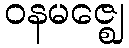
ဝနမဇ္ဈေ